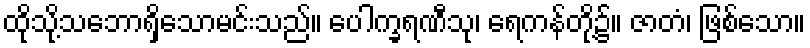
ထိုသို့သဘောရှိသောမင်းသည်။ ပေါက္ခရဏီသု၊ ရေကန်တို့၌။ ဇာတံ၊ ဖြစ်သော။